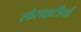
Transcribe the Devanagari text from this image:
सोसाइटीयां